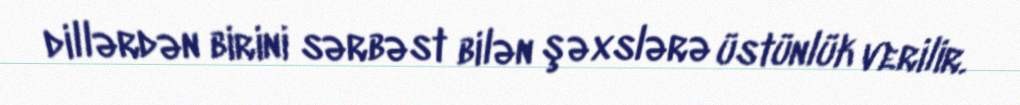
dillərdən birini sərbəst bilən şəxslərə üstünlük verilir.